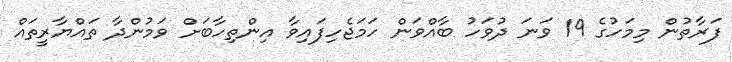
ފަރާތުން މިމަހުގެ 19 ވަނަ ދުވަހު ބާއްވަން ހަމަޖެހިފައިވާ އިންތިހާބަށް ވަމުންދާ ތައްޔާރީތައް